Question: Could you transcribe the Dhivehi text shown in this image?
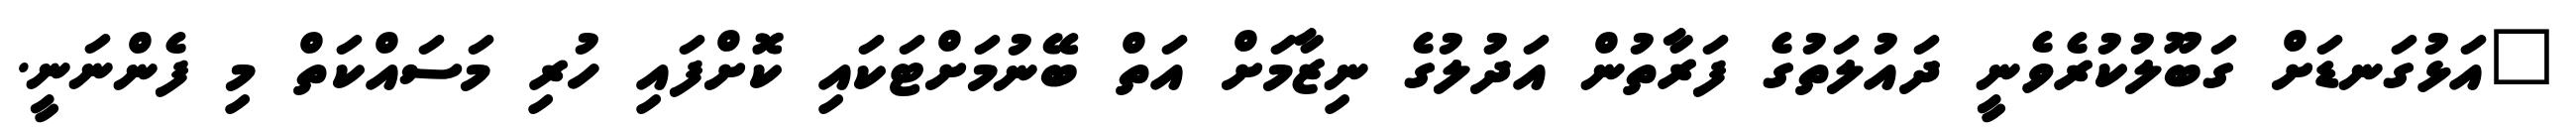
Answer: "އަޅުގަނޑަށް ގަބޫލުކުރެވެނީ ދައުލަތުގެ ފަރާތުން އަދުލުގެ ނިޒާމަށް އަތް ބޭނުމަށްޓަކައި ކޮށްފައި ހުރި މަސައްކަތް މި ފެންނަނީ.